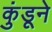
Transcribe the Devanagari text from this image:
कुंडूने